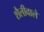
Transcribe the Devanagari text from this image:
शैलीवाले